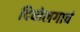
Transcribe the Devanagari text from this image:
दियोलगावं